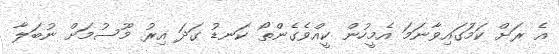
އެ ރަށް ކަމަުގައިވާނަމަ އެމީހުން ކީއްވެގެންތޯ ކަނޑު ގަދަ އިރު މޫސުމަށް ނުބަލާ